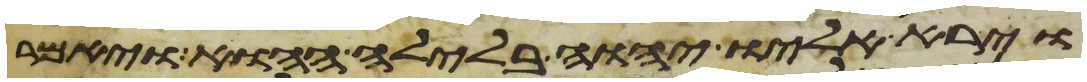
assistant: וירא אליו יהוה בלילה ההוא ויאמר